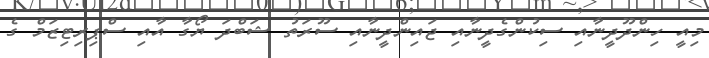
މިއީ ހިންދޫދީނާއި ސިކުންގެދީނާއި ޖައިންދީނާއި ސޫރަތު ޝަބްދަ ޔޯގާ އާއި ސްޕިރިޓިޒަމް ގެ